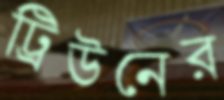
ট্রিউনের